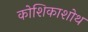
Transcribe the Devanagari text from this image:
कोशिकाशोथ